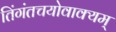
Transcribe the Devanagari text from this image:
तिंगंतचयोवाक्यम्